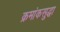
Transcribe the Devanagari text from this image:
क्रमांकसुद्धा